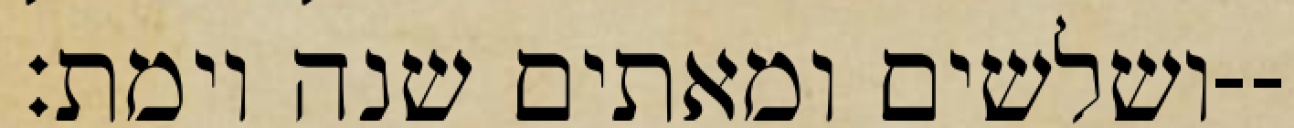
ושלשים ומאתים שנה וימת׃--